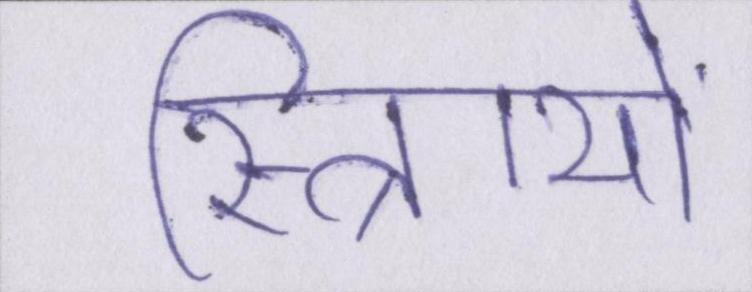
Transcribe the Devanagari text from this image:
स्त्रिायों